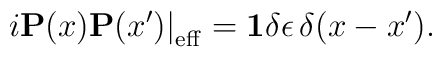
i{\bf P}(x){\bf P}(x')\big|_{\rm eff}={\bf 1}\delta\epsilon\,\delta(x-x').